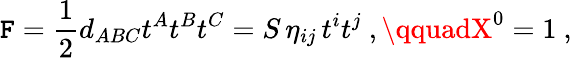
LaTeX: \mathtt{F}={\frac{{1}}{{2}}}d_{ABC}t^{A}t^{B}t^{C}=S\, \eta_{ij}\, t^{i}t^{j}\ ,\qquadX^{0}=1\ ,